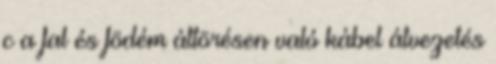
c a fal és födém áttörésen való kábel átvezetés